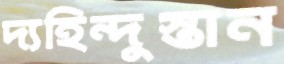
দ্যহিন্দুস্তান